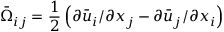
{ { \bar { \Omega } } _ { i j } } = \frac { 1 } { 2 } \left( { \partial { { \bar { u } } _ { i } } / \partial { x _ { j } } - \partial { { \bar { u } } _ { j } } / \partial { x _ { i } } } \right)